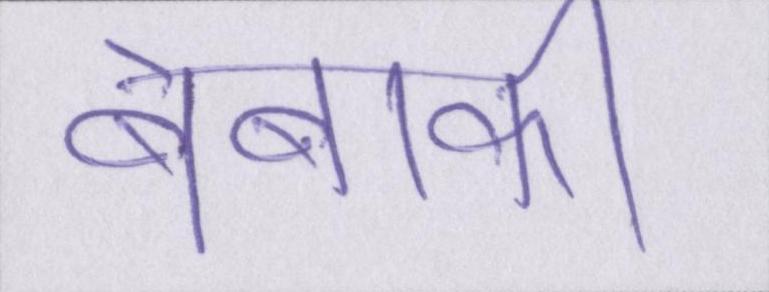
बेबाकी